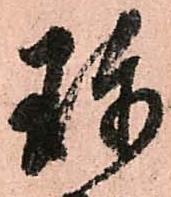
珍